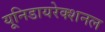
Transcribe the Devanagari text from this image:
यूनिडायरेक्शनल